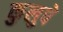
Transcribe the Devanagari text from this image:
कुलुपे